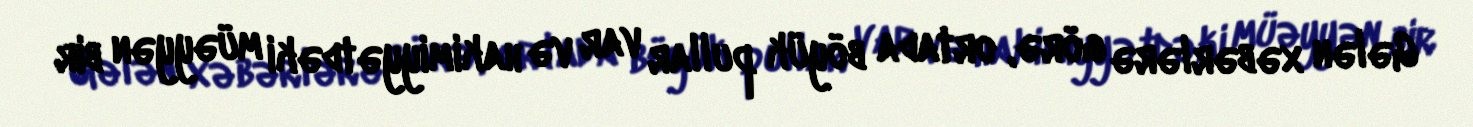
Gələn xəbərlərə görə, ortada böyük pullar var və hakimiyyətdəki müəyyən bir